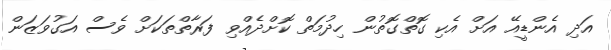
އަދި އެންޑީއޭ އަށް އެކި ގޮތްގޮތުން ހިދުމަތް ކޮށްދެއްވި ފަރާތްތަކަށް ވެސް އަގުވަޒަން